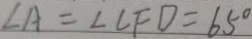
\angle A = \angle C F D = 6 5 ^ { \circ }